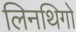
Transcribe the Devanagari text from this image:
लिनथिगो